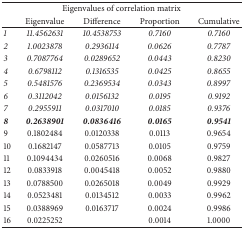
| <COLSPAN=5> Eigenvalues of correlation matrix |
 |  | Eigenvalue | Difference | Proportion | Cumulative |
 | --- | --- | --- | --- | --- |
 | 1 | 11.4562631 | 10.4538753 | 0.7160 | 0.7160 |
 | 2 | 1.0023878 | 0.2936114 | 0.0626 | 0.7787 |
 | 3 | 0.7087764 | 0.0289652 | 0.0443 | 0.8230 |
 | 4 | 0.6798112 | 0.1316535 | 0.0425 | 0.8655 |
 | 5 | 0.5481576 | 0.2369534 | 0.0343 | 0.8997 |
 | 6 | 0.3112042 | 0.0156132 | 0.0195 | 0.9192 |
 | 7 | 0.2955911 | 0.0317010 | 0.0185 | 0.9376 |
 | 8 | 0.2638901 | 0.0836416 | 0.0165 | 0.9541 |
 | 9 | 0.1802484 | 0.0120338 | 0.0113 | 0.9654 |
 | 10 | 0.1682147 | 0.0587713 | 0.0105 | 0.9759 |
 | 11 | 0.1094434 | 0.0260516 | 0.0068 | 0.9827 |
 | 12 | 0.0833918 | 0.0045418 | 0.0052 | 0.9880 |
 | 13 | 0.0788500 | 0.0265018 | 0.0049 | 0.9929 |
 | 14 | 0.0523481 | 0.0134512 | 0.0033 | 0.9962 |
 | 15 | 0.0388969 | 0.0163717 | 0.0024 | 0.9986 |
 | 16 | 0.0225252 |  | 0.0014 | 1.0000 |